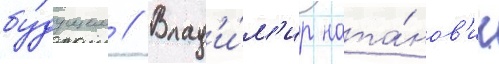
бу́дущем // Влад'и́м'ир ната́нов'ич